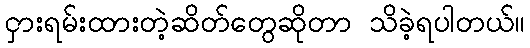
ငှားရမ်းထားတဲ့ဆိတ်တွေဆိုတာ သိခဲ့ရပါတယ်။